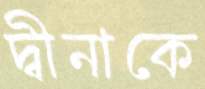
দ্বীনাকে